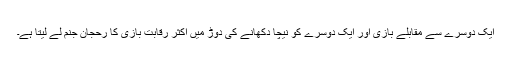
ایک دوسرے سے مقابلے بازی اور ایک دوسرے کو نیچا دکھانے کی دوڑ میں اکثر رقابت بازی کا رحجان جنم لے لیتا ہے۔